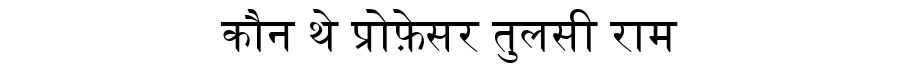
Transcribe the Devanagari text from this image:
कौन थे प्रोफ़ेसर तुलसी राम